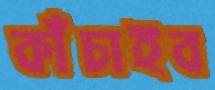
কাঁচাইব